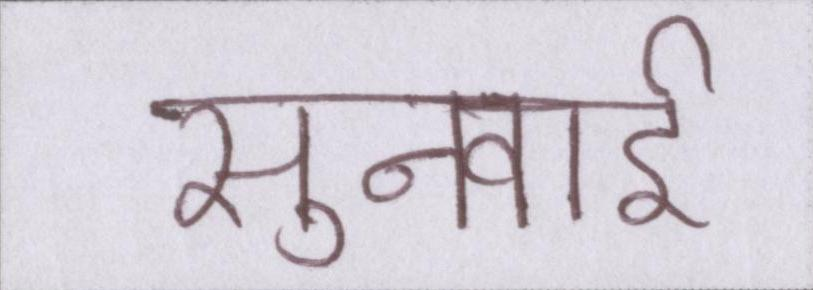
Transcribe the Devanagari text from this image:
सुनवाई